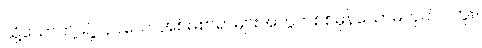
သို့သော်ဤ ရဲ့လှပသောအစ်မစာရာများအတွက်စစ်မှန်သောမဟုတ်ပါဘူး။